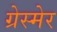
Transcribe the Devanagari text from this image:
ग्रेस्मेर